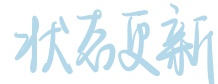
状态更新